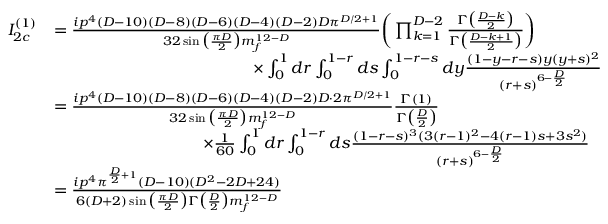
\begin{array} { r l } { I _ { 2 c } ^ { ( 1 ) } } & { = \frac { i p ^ { 4 } ( D - 1 0 ) ( D - 8 ) ( D - 6 ) ( D - 4 ) ( D - 2 ) D \pi ^ { D / 2 + 1 } } { 3 2 \sin \big ( \frac { \pi D } { 2 } \big ) m _ { f } ^ { 1 2 - D } } \bigg ( \prod _ { k = 1 } ^ { D - 2 } \frac { \Gamma \big ( \frac { D - k } { 2 } \big ) } { \Gamma \big ( \frac { D - k + 1 } { 2 } \big ) } \bigg ) } \\ & { \quad \quad \quad \quad \quad \quad \quad \quad \quad \quad \quad \quad \times \int _ { 0 } ^ { 1 } d r \int _ { 0 } ^ { 1 - r } d s \int _ { 0 } ^ { 1 - r - s } d y \frac { ( 1 - y - r - s ) y ( y + s ) ^ { 2 } } { ( r + s ) ^ { 6 - \frac { D } { 2 } } } } \\ & { = \frac { i p ^ { 4 } ( D - 1 0 ) ( D - 8 ) ( D - 6 ) ( D - 4 ) ( D - 2 ) D \cdot 2 \pi ^ { D / 2 + 1 } } { 3 2 \sin \big ( \frac { \pi D } { 2 } \big ) m _ { f } ^ { 1 2 - D } } \frac { \Gamma ( 1 ) } { \Gamma \big ( \frac { D } { 2 } \big ) } } \\ & { \quad \quad \quad \quad \quad \quad \quad \quad \quad \times \frac { 1 } { 6 0 } \int _ { 0 } ^ { 1 } d r \int _ { 0 } ^ { 1 - r } d s \frac { ( 1 - r - s ) ^ { 3 } ( 3 ( r - 1 ) ^ { 2 } - 4 ( r - 1 ) s + 3 s ^ { 2 } ) } { ( r + s ) ^ { 6 - \frac { D } { 2 } } } } \\ & { = \frac { i p ^ { 4 } \pi ^ { \frac { D } { 2 } + 1 } ( D - 1 0 ) ( D ^ { 2 } - 2 D + 2 4 ) } { 6 ( D + 2 ) \sin \big ( \frac { \pi D } { 2 } \big ) \Gamma \big ( \frac { D } { 2 } \big ) m _ { f } ^ { 1 2 - D } } } \end{array}